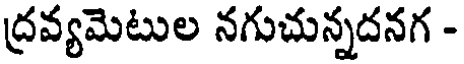
ద్రవ్యమెటుల నగుచున్నదనగ -